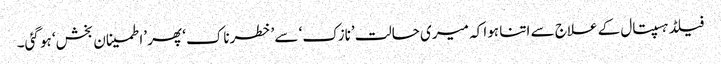
فیلڈ ہسپتال کے علاج سے اتنا ہوا کہ میری حالت ’نازک‘ سے ’خطرناک‘ پھر ’اطمینان بخش‘ ہو گئی۔